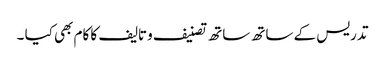
تدریس کے ساتھ ساتھ تصنیف وتالیف کا کام بھی کیا ۔